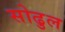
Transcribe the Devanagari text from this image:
सोढुल